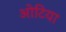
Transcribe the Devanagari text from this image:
ओटिया